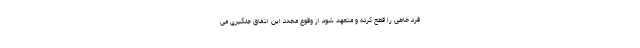
فرد خاطی را قطع کرده و متعهد شود از وقوع مجدد این اتفاق جلگیری می